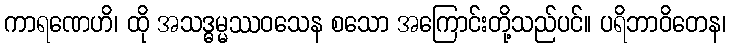
ကာရဏေဟိ၊ ထို အသဒ္ဓမ္မဿဝသေန စသော အကြောင်းတို့သည်ပင်။ ပရိဘာဝိတေန၊